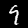
Digit: 9